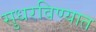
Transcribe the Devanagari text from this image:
सुधरविण्यात